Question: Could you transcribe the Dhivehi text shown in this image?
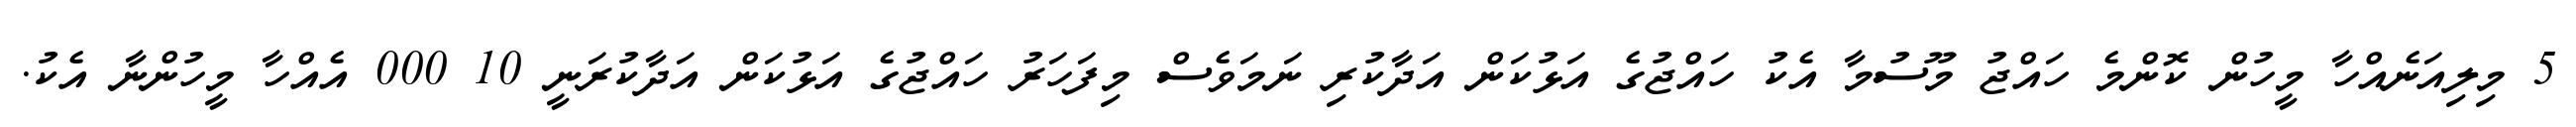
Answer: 5 މިލިއަނެއްހާ މީހުން ކޮންމެ ހައްޖު މޫސުމާ އެކު ހައްޖުގެ އަޅުކަން އަދާކުރި ނަމަވެސް މިފަހަރު ހައްޖުގެ އަޅުކަން އަދާކުރަނީ 10 000 އެއްހާ މީހުންނާ އެކު.